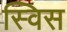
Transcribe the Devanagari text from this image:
स्‍विस